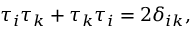
\tau _ { i } \tau _ { k } + \tau _ { k } \tau _ { i } = 2 \delta _ { i k } ,